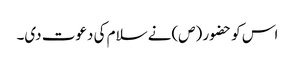
اس کو حضو ر (ص)نے سلام کی دعوت دی۔